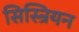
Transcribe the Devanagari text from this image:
सिस्त्रियन